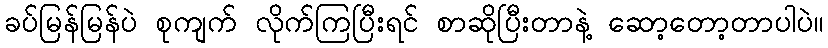
ခပ်မြန်မြန်ပဲ စုကျက် လိုက်ကြပြီးရင် စာဆိုပြီးတာနဲ့ ဆော့တော့တာပါပဲ။